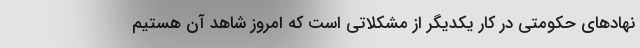
نهادهای حکومتی در کار یکدیگر از مشکلاتی است که امروز شاهد آن هستیم